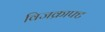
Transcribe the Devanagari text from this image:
विजक्राफ्ट